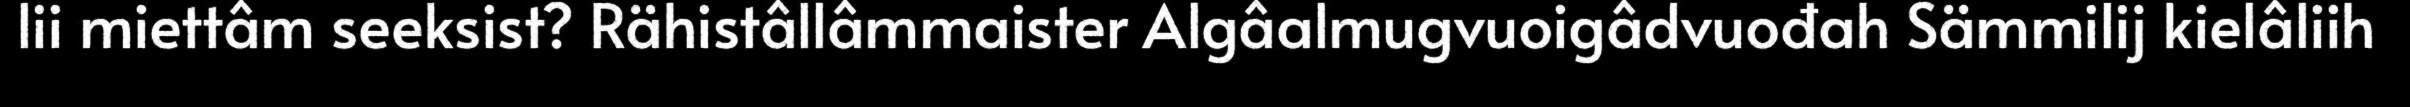
lii miettâm seeksist? Rähistâllâmmaister Algâalmugvuoigâdvuođah Sämmilij kielâliih